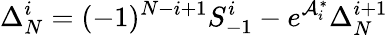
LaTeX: \Delta_{N}^{i}=(-1)^{N-i+1}S_{-1}^{i}-e^{\mathcal{A}_{i}^{\ast}}\Delta_{N}^{i+1}